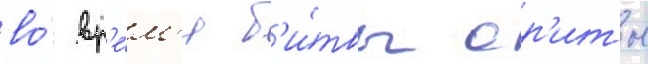
во́ вр'е́м'я б'и́твы ор'иты